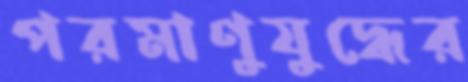
পরমাণুযুদ্ধের